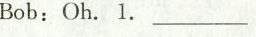
Bob:Oh.1. ___